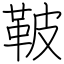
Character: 鞁